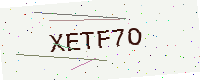
Text: XETF7O